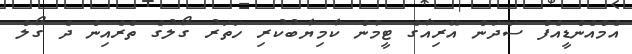
އެމްއެންޑީއެފް ސަދަން އޭރިއާގެ ޓީމުން ކާމިޔާބުކުރި ހަތަރު ގޯލުގެ ތެރެއިން ދެ ގޯލް